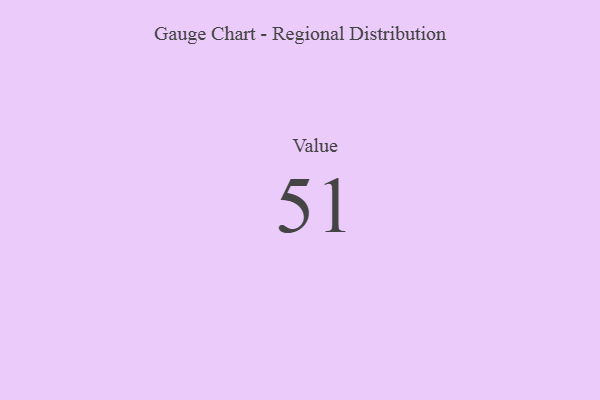
{"axis": {"x": "Metric", "y": "Value"}, "legend": [""], "data": [{"x": "Value", "y": 51, "type": ""}]}